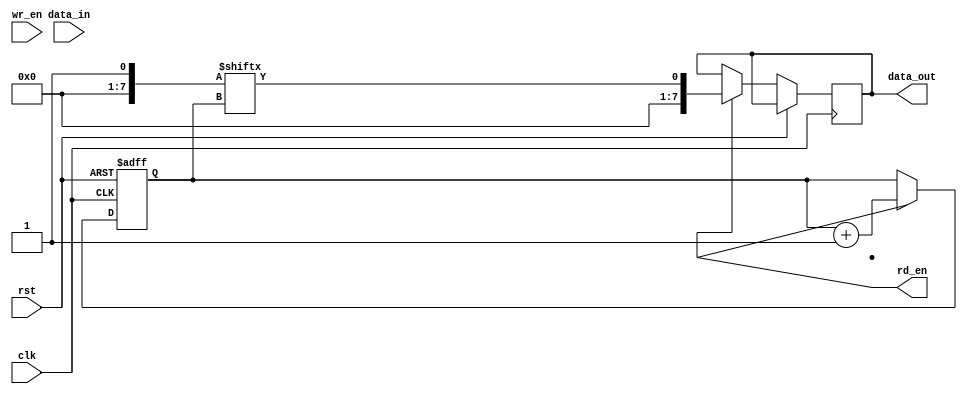
module edge_sensitive_fifo_buffer (
    input wire clk,
    input wire rst,
    input wire [DATA_WIDTH-1:0] data_in,
    input wire wr_en,
    output reg [DATA_WIDTH-1:0] data_out,
    output reg rd_en
);

parameter DATA_WIDTH = 8;
parameter DEPTH = 16;
reg [DEPTH-1:0] buffer [0:1];
reg [4:0] wr_ptr;
reg [4:0] rd_ptr;

always @(posedge clk or posedge rst) begin
    if (rst) begin
        wr_ptr <= 0;
        rd_ptr <= 0;
    end else begin
        if (wr_en) begin
            buffer[0][wr_ptr] <= data_in;
            wr_ptr <= wr_ptr + 1;
        end
        
        if (rd_en) begin
            data_out <= buffer[1][rd_ptr];
            rd_ptr <= rd_ptr + 1;
        end
    end
end

endmodule